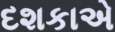
દશકાએ